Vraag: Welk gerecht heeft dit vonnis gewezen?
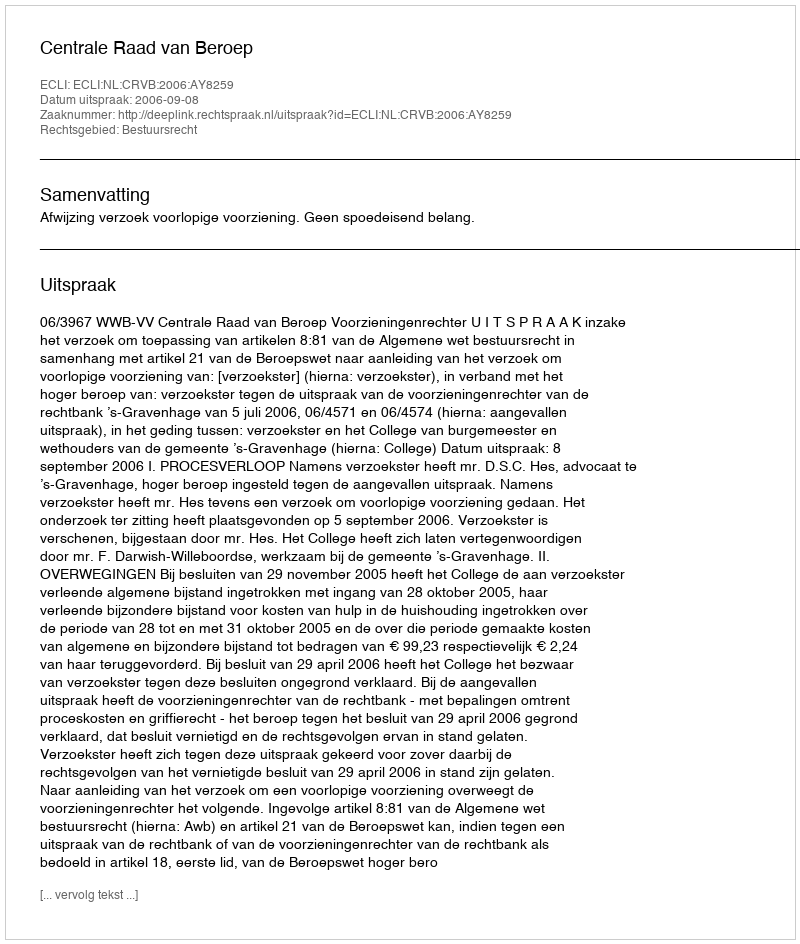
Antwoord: Centrale Raad van Beroep